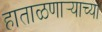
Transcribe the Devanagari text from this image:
हाताळणार्‍याच्या